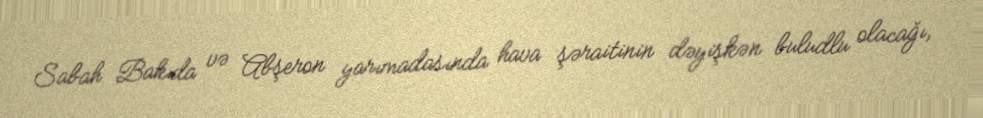
Sabah Bakıda və Abşeron yarımadasında hava şəraitinin dəyişkən buludlu olacağı,